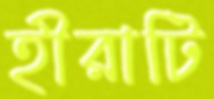
হীরাটি